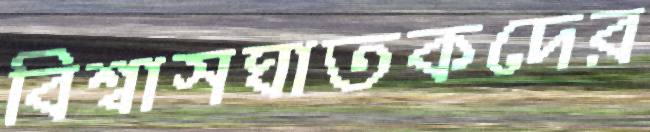
বিশ্বাসঘাতকদের